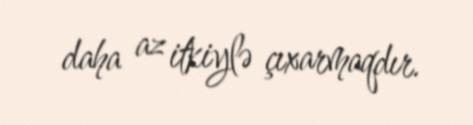
daha az itkiylə çıxarmaqdır.